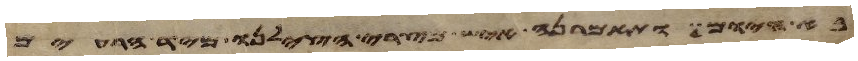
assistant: בא היום ותאמרנה איש מצרי הצילנו מיד הרעים